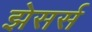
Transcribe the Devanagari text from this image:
झेसर्स